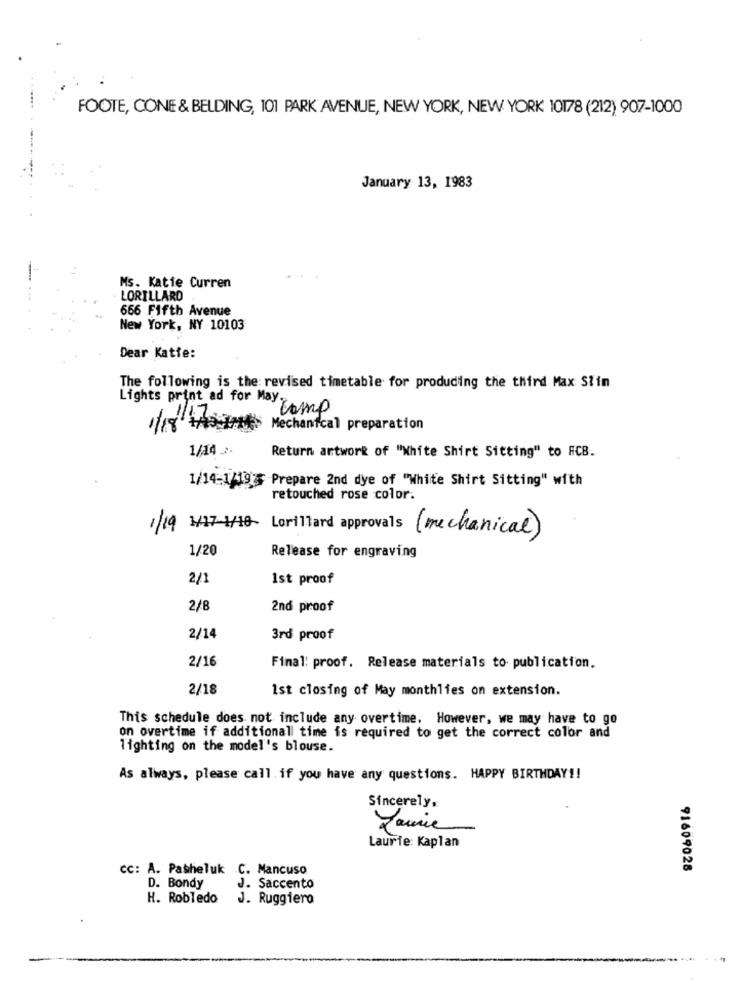
FOOTE, CONE & BELDING, 101 PARK AVENUE, NEW YORK, NEW YORK 10178 (212) 907-1000
January 13, 1983
Ms. Katie Curren
LORILLARD
666 Fifth Avenue
New York, NY 10103
Dear Katte:
The following is the revised timetable for producing the third Max Stin
Lights print ad for May;amp
Mechanical preparation
1/14 ..
Return artwork of "White Shirt Sitting" to FCB.
1/14:1/19 Prepare 2nd dye of "White Shirt Sitting" with
retouched rose color:
1/19
1/17-1/18 Lorillard approvals (mechanical)
1/20
Release for engraving
2/1
1st proof
2/8
2nd proof
2/14
3rd proof
2/16
Final: proof. Release materials to publication.
2/18
1st closing of May monthlies on extension.
This schedule does not include any overtime. However, we may have to go
on overtime if additional time is required to get the correct color and
lighting on the model's blouse.
As always, please call. if you have any questions. HAPPY BIRTHDAY !!
Sincerely,
Laurie: Kaplan
Cc: A. Pasheluk C. Mancuso
91609028
D. Bondy
J. Saccento
H. Robledo
J. Ruggiero